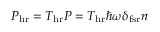
P _ { \mathrm { h r } } = T _ { \mathrm { h r } } P = T _ { \mathrm { h r } } \hbar \omega \delta _ { \mathrm { f s r } } n